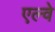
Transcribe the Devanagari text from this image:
एल्वे